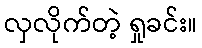
လှလိုက်တဲ့ ရှုခင်း။